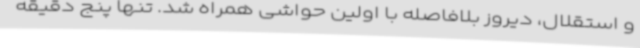
و استقلال، دیروز بلافاصله با اولین حواشی همراه شد. تنها پنج دقیقه